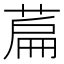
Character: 萹